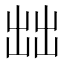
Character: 𰄔